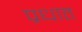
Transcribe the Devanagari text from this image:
प्रधात